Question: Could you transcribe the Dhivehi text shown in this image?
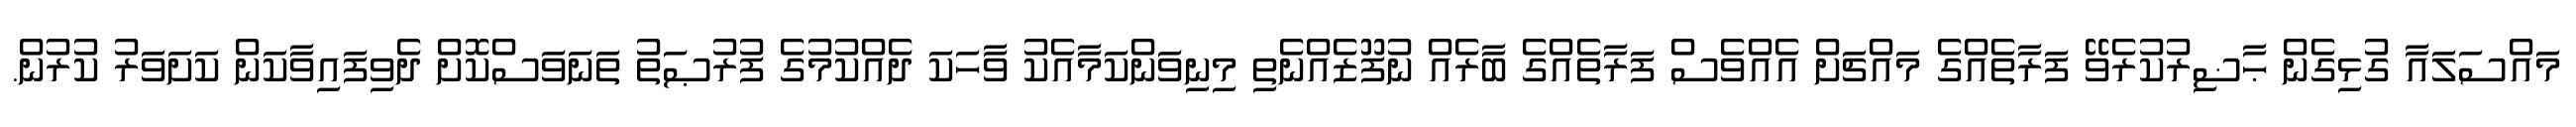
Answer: މައްސަލައާ ގުޅިގެން ޙާޟިރުކުރެވޭ ފަރާތެއްގެ މައްޗަށް އެއްވެސް ފަރާތެއްގެ ބާރެއް ނުފޫޒެއްނެތި މިނިވަންކަމާއެކު ވާހަކަ ދެއްކުމުގެ ފުރުޞަތު ތަނަވަސްކޮށް ދެވިފައިވާކަން ކަށަވަރު ކުރުން.